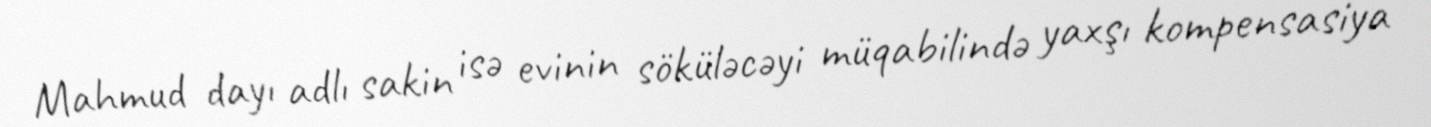
Mahmud dayı adlı sakin isə evinin söküləcəyi müqabilində yaxşı kompensasiya